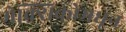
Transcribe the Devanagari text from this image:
मेक्सिकोमधून